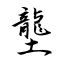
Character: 壟